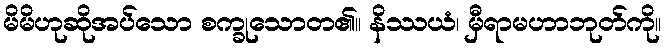
မိမိဟုဆိုအပ်သော စက္ခုသောတ၏။ နိဿယံ၊ မှီရာမဟာဘုတ်ကို။